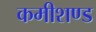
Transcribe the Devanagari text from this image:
कमीशण्ड